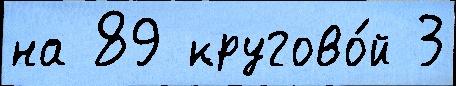
на 89 кругово́й 3